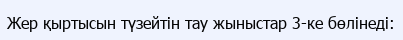
Жер қыртысын түзейтін тау жыныстар 3-ке бөлінеді: